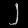
Digit: ၂